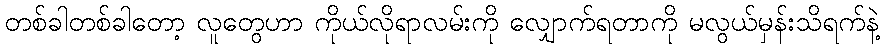
တစ်ခါတစ်ခါတော့ လူတွေဟာ ကိုယ်လိုရာလမ်းကို လျှောက်ရတာကို မလွယ်မှန်းသိရက်နဲ့